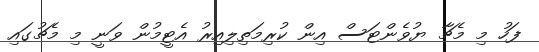
ފަހު މި މެޗާ ޔުވެންޓަސް އިން ކުރިމަތިލިއިރު އެޓީމުން ވަނީ މި މެޗުގައި